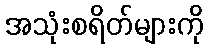
အသုံးစရိတ်များကို